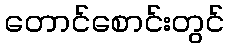
တောင်စောင်းတွင်